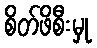
စိတ်ဖိစီးမှု